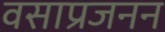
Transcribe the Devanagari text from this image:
वसाप्रजनन